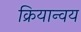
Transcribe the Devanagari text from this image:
क्रियान्वय